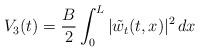
LaTeX: \begin{align*} V_3(t)=\frac B 2 \int_0^L|\tilde w_{t}(t,x)|^2\,dx\end{align*}